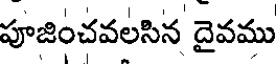
పూజించవలసిన దైవము